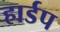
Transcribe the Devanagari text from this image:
हार्डप